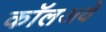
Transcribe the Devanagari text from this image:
कॉलअवे